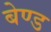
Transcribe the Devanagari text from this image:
बेण्ड